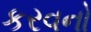
કરવનો